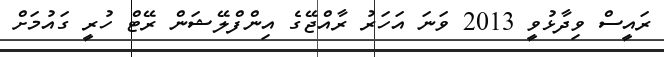
ރައީސް ވިދާޅުވީ 2013 ވަނަ އަހަރު ރާއްޖޭގެ އިންފްލޭޝަން ރޭޓް ހުރީ ގައުމަށް